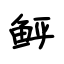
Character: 鲆